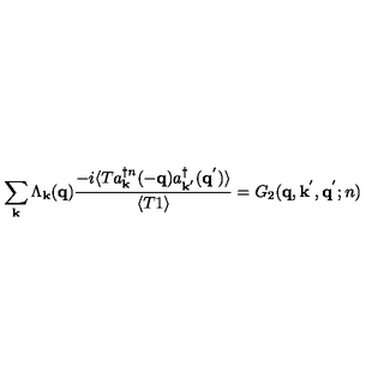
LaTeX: \sum _ { { \bf { k } } } \Lambda _ { { \bf { k } } } ( { \bf { q } } ) \frac { - i \langle T a _ { { \bf { k } } } ^ { \dagger n } ( - { \bf { q } } ) a _ { { \bf { k } } ^ { ' } } ^ { \dagger } ( { \bf { q } } ^ { ' } ) \rangle } { \langle T 1 \rangle } = G _ { 2 } ( { \bf { q } } , { \bf { k } } ^ { ' } , { \bf { q } } ^ { ' } ; n )